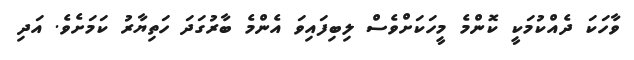
ވާހަކަ ދެއްކުމަކީ ކޮންމެ މީހަކަށްވެސް ލިބިފައިވަ އެންމެ ބާރުގަދަ ހަތިޔާރު ކަމަށެވެ. އަދި